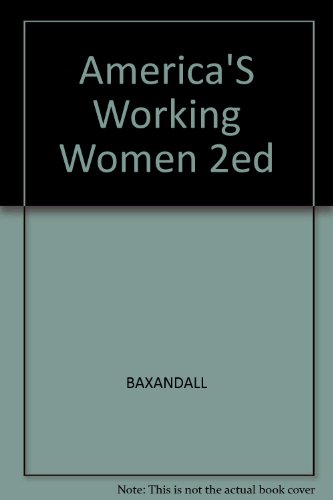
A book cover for America's Working Women: A Documentary History 1600 to the Present; Rosalyn Fraad Baxandall; Business & Money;